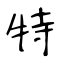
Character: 特